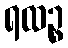
ရထဉ္စ